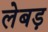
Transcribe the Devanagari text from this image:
लेबड़